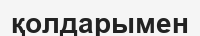
қолдарымен